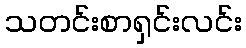
သတင်းစာရှင်းလင်း